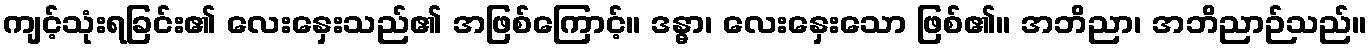
ကျင့်သုံးရခြင်း၏ လေးနှေးသည်၏ အဖြစ်ကြောင့်။ ဒန္ဓာ၊ လေးနှေးသော ဖြစ်၏။ အဘိညာ၊ အဘိညာဉ်သည်။